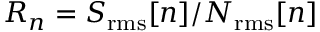
R _ { n } = S _ { \mathrm { r m s } } [ n ] / N _ { \mathrm { r m s } } [ n ]